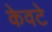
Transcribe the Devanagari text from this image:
केवटे